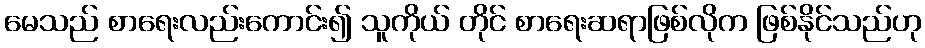
မေသည် စာရေးလည်းကောင်း၍ သူကိုယ် တိုင် စာရေးဆရာဖြစ်လိုက ဖြစ်နိုင်သည်ဟု